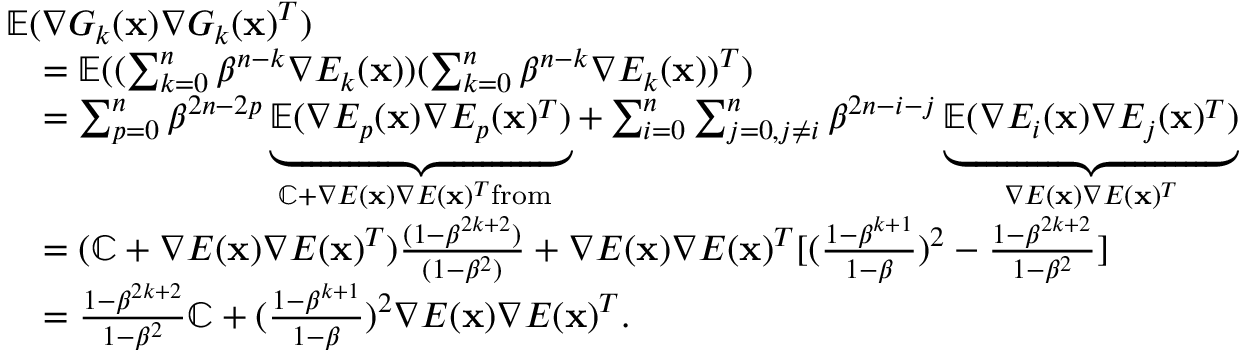
\begin{array} { r l } & { { \mathbb { E } } ( \nabla G _ { k } ( \mathbf { x } ) \nabla G _ { k } ( \mathbf { x } ) ^ { T } ) } \\ & { \quad = { \mathbb { E } } ( ( \sum _ { k = 0 } ^ { n } \beta ^ { n - k } \nabla E _ { k } ( \mathbf { x } ) ) ( \sum _ { k = 0 } ^ { n } \beta ^ { n - k } \nabla E _ { k } ( \mathbf { x } ) ) ^ { T } ) } \\ & { \quad = \sum _ { p = 0 } ^ { n } \beta ^ { 2 n - 2 p } \underbrace { { \mathbb { E } } ( \nabla E _ { p } ( \mathbf { x } ) \nabla E _ { p } ( \mathbf { x } ) ^ { T } ) } _ { { \mathbb { C } } + \nabla E ( \mathbf { x } ) \nabla E ( \mathbf { x } ) ^ { T } \mathrm { f r o m ~ } } + \sum _ { i = 0 } ^ { n } \sum _ { j = 0 , j \neq i } ^ { n } \beta ^ { 2 n - i - j } \underbrace { { \mathbb { E } } ( \nabla E _ { i } ( \mathbf { x } ) \nabla E _ { j } ( \mathbf { x } ) ^ { T } ) } _ { \nabla E ( \mathbf { x } ) \nabla E ( \mathbf { x } ) ^ { T } } } \\ & { \quad = ( { \mathbb { C } } + \nabla E ( \mathbf { x } ) \nabla E ( \mathbf { x } ) ^ { T } ) \frac { ( 1 - \beta ^ { 2 k + 2 } ) } { ( 1 - \beta ^ { 2 } ) } + \nabla E ( \mathbf { x } ) \nabla E ( \mathbf { x } ) ^ { T } [ ( \frac { 1 - \beta ^ { k + 1 } } { 1 - \beta } ) ^ { 2 } - \frac { 1 - \beta ^ { 2 k + 2 } } { 1 - \beta ^ { 2 } } ] } \\ & { \quad = \frac { 1 - \beta ^ { 2 k + 2 } } { 1 - \beta ^ { 2 } } { \mathbb { C } } + ( \frac { 1 - \beta ^ { k + 1 } } { 1 - \beta } ) ^ { 2 } \nabla E ( \mathbf { x } ) \nabla E ( \mathbf { x } ) ^ { T } . } \end{array}